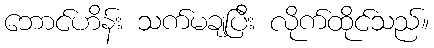
ဘောင်ဟိန်း သက်မချပြီး လိုက်ထိုင်သည်။